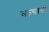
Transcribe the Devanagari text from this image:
भल्यासी